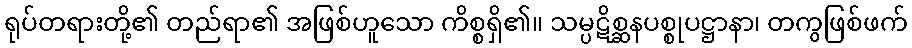
ရုပ်တရားတို့၏ တည်ရာ၏ အဖြစ်ဟူသော ကိစ္စရှိ၏။ သမ္ပဋိစ္ဆနပစ္စုပဋ္ဌာနာ၊ တကွဖြစ်ဖက်